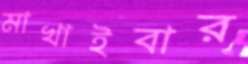
মাখাইবার